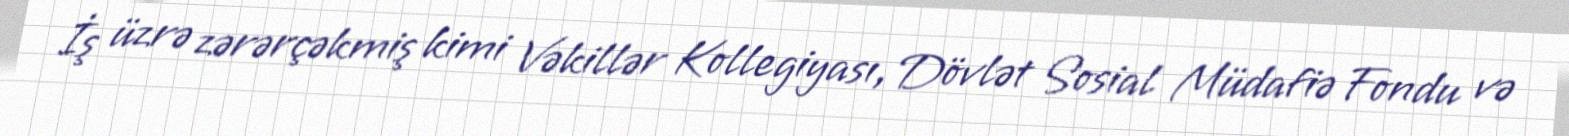
İş üzrə zərərçəkmiş kimi Vəkillər Kollegiyası, Dövlət Sosial Müdafiə Fondu və